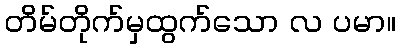
တိမ်တိုက်မှထွက်သော လ ပမာ။